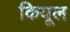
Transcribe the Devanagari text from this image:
कियूल